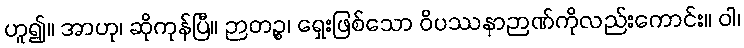
ဟူ၍။ အာဟု၊ ဆိုကုန်ပြီ။ ဉာတဉ္စ၊ ရှေးဖြစ်သော ဝိပဿနာဉာဏ်ကိုလည်းကောင်း။ ဝါ၊